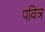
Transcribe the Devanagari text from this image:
पवित्र